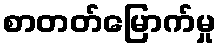
စာတတ်မြောက်မှု